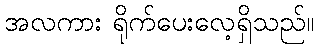
အလကား ရိုက်ပေးလေ့ရှိသည်။